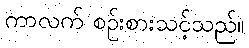
ကာလက် စဉ်းစားသင့်သည်။